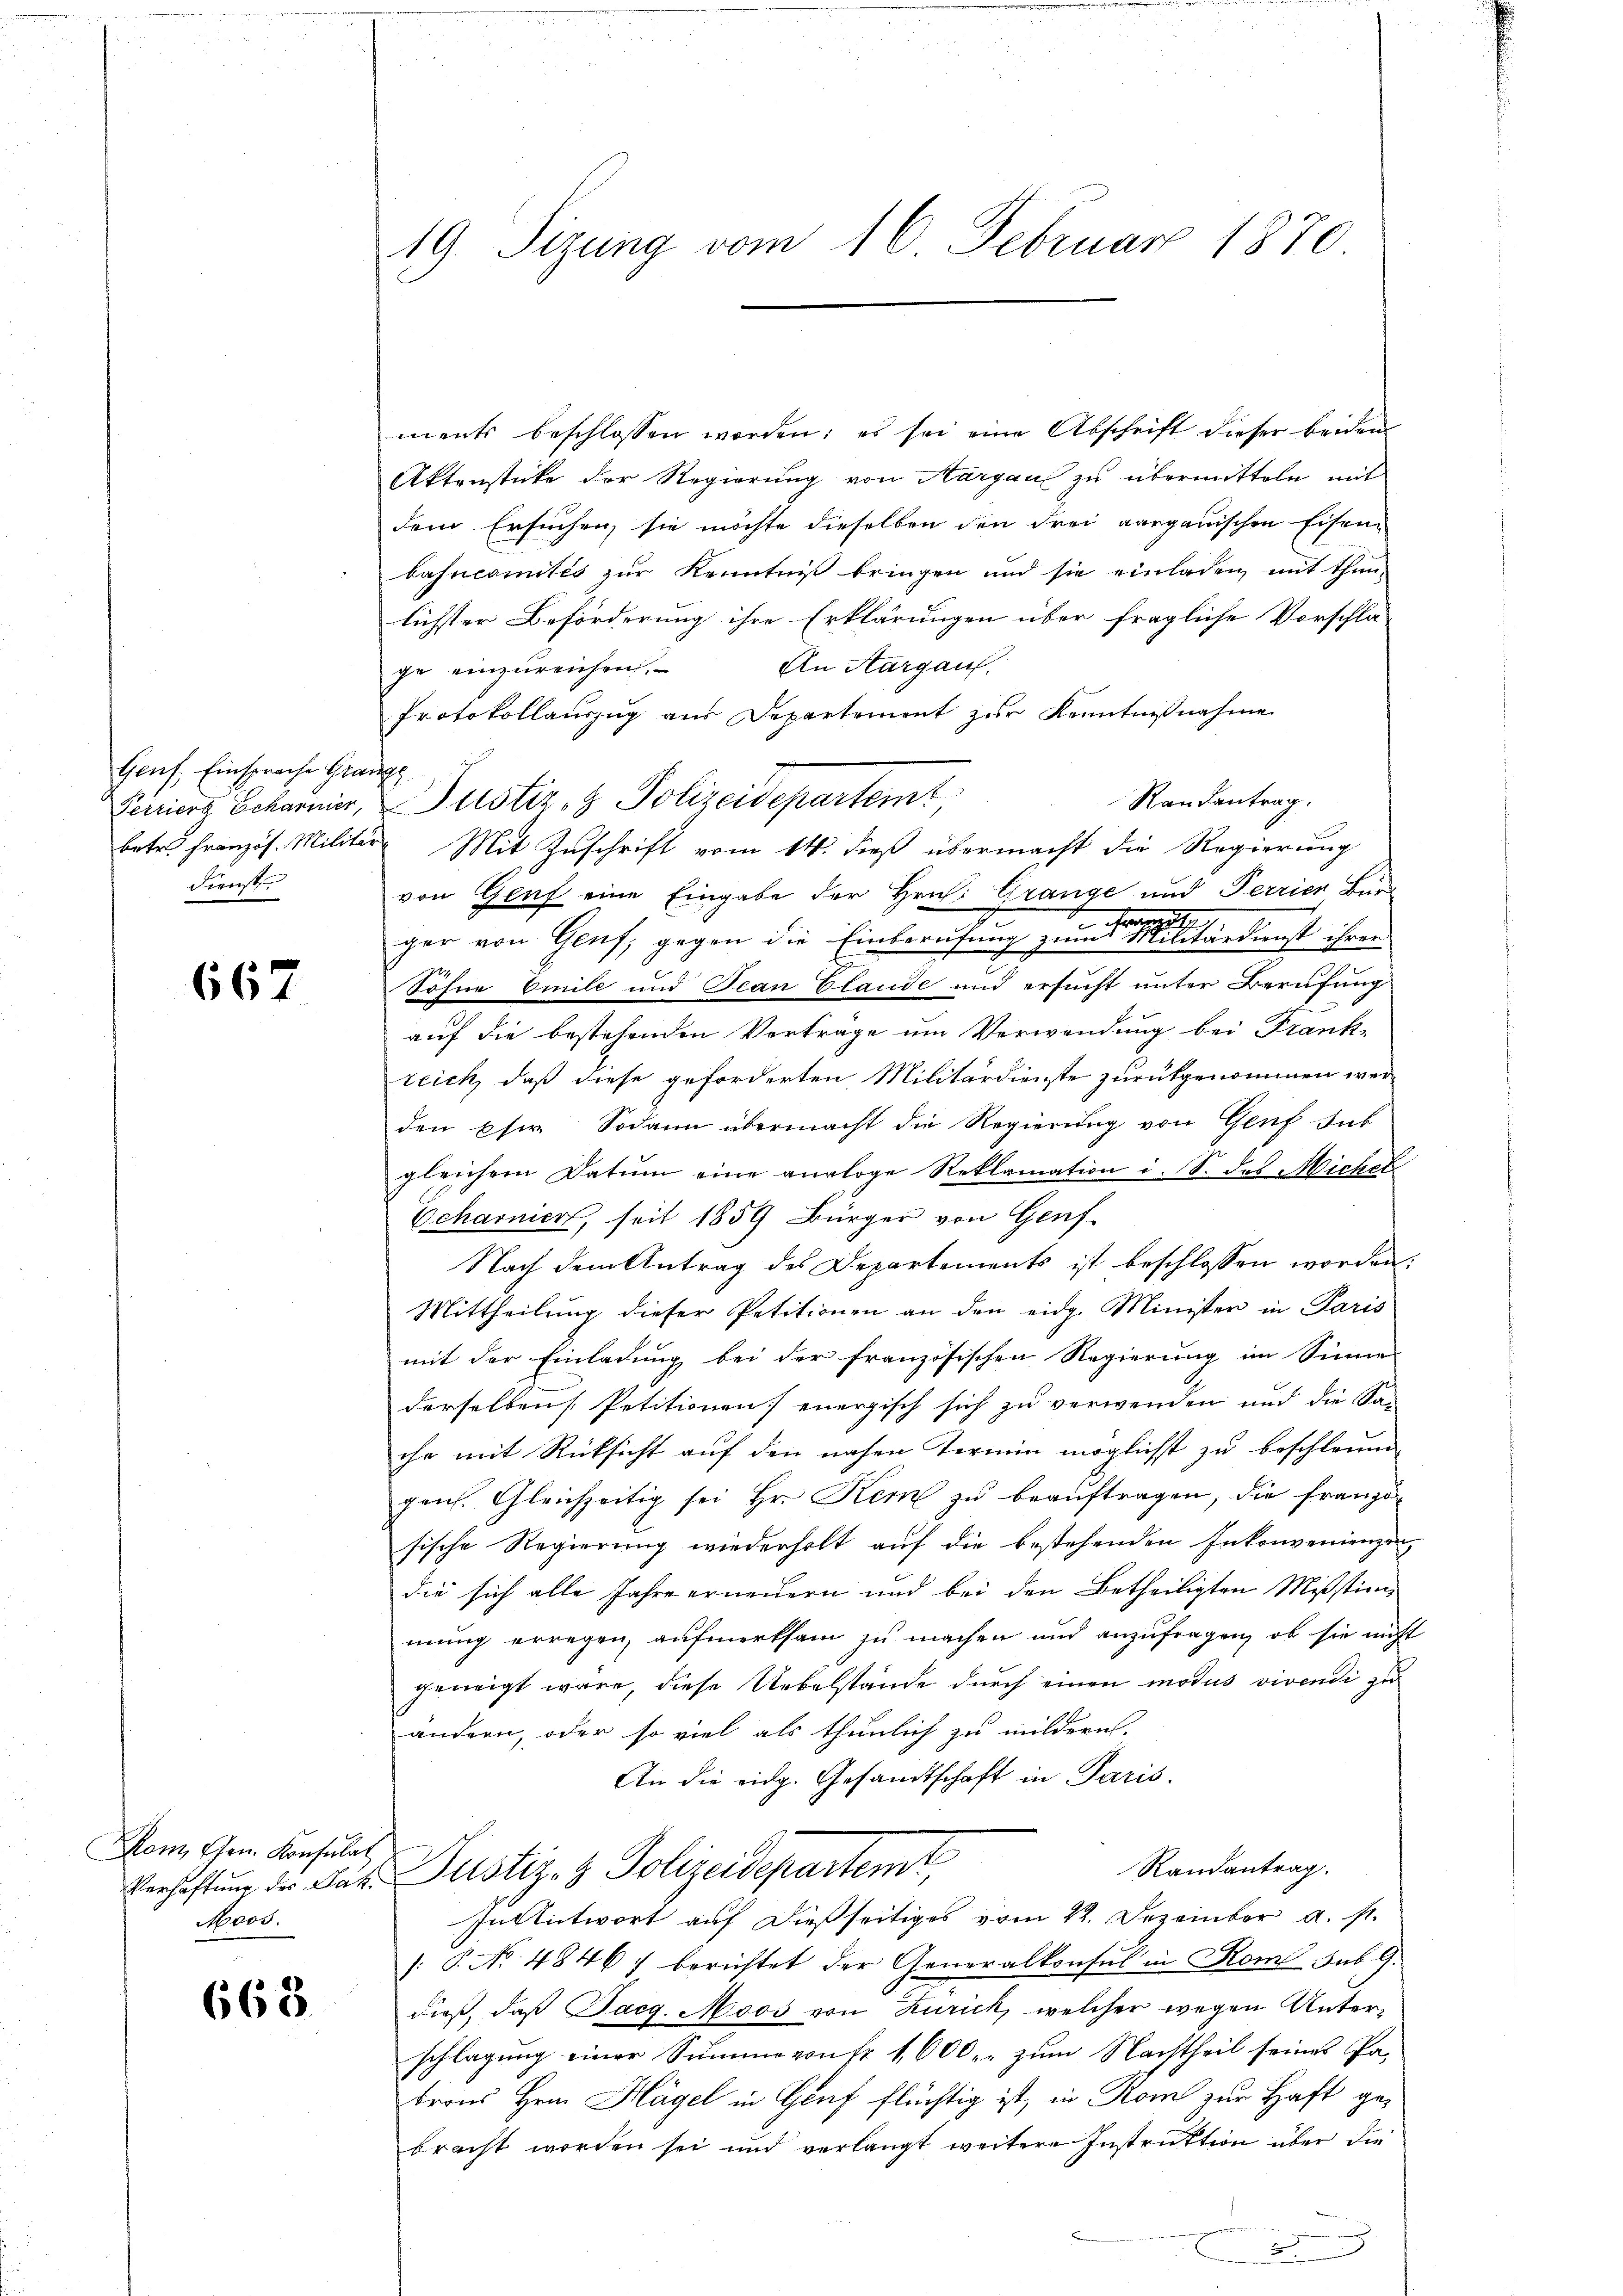
Genf, Einsprache Grausg
Fienster

667

Mon Hrn. Konsulat
Moos.

668

19. Seizung vom 16. Februar 1870.

ments beschlossen worden; es sei eine Abschrift dieser beiden
Aktenstücke der Regierung von Aargau zu übermitteln mit
dem Ersuchen, sie möchte dieselben den drei aarganischen Eisenbancomités zur Kenntniß bringen und sie einladen mit thun-
lichster Beförderung ihre Erklärungen über fragliche Vorschlä-
An Aargau.
ge einzureichen.
Protokollauszug aus Departement zur Kenntnißnahme
Randantrag.
Feriers Scharnier, Pustiz- & Polizeidepartemt
betr. Französ. Militär Mit Zuschrift vom 14. dieß übermacht die Regierung
von Genf eine Eingabe der Hrn. Grange und Perrien Bürger von Genf, gegen die Einberufung zum Militärdienst ihren
Söhne Emile und Jean Claude und ersucht unter Berufung
auf die bestehenden Verträge um Verwendung bei Frank-
reich, daß diese geforderten Militärdienste zurückgenommen werden Eser. Sodann übermacht die Regierung von Genf Jak
gleichem Datum eine analoge Reklamation i. S. des Micher
Echarnier, seit 1859 Bürger von Genf.
Nach dem Antrag des Departements ist beschlossen worden.
Mittheilung dieser Petitionen an den eidg. Minister in Paris
mit der Einladung bei der französischen Regierung im Sinne
derselben Petitionen energisch sich zu verwenden und die San
ihr mit Rücksicht auf den nahen Termin möglicht zu beschleun
gens. Gleichzeitig sei Hr. Kern zŭ beaŭftragen, die franzö-
sische Regierung wiederholt auf die bestehenden Inkonvenienzin
die sich alle Jahre erneuern und bei den Betheiligten Mißstimmung erregen, aufmerksam zu machen und anzufragen, ob sie nicht
geweigt wäre, diese Uebelstände durch einen modus vivendi zu
ändern, oder so viel als thunlich zu mildern.
An die eidg. Gesandtschaft in Paris.
Randantrag.
Verhaftung der Jak. Justiz- & Polizeidepartemt,
In Antwort auf dießseitiges vom 12. Dezember a. s.
/. P. No 4846) berichtet der Generalkonsul in Kom sub. G.
dieß, daß Paeg. Moos von Zürich, welcher wegen Unterschlagung einer Summe von fr. 1600. zum Nachtheil seines Patrons Hrn. Hagel in Gruf flüchtig ist, in Rom zur Haft gebracht worden sei und verlangt weitere Instruktion über die
2